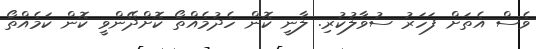
ވެސް އެތަށް ފަހަރު ސުވާލުކުރި. ލާނީ ކޮން ހެދުމެއްތޯ ކޮށްދޭންވީ ކޮން ކަމެއްތޯ